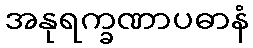
အနုရက္ခဏာပဓာနံ